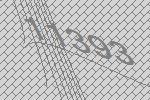
11393